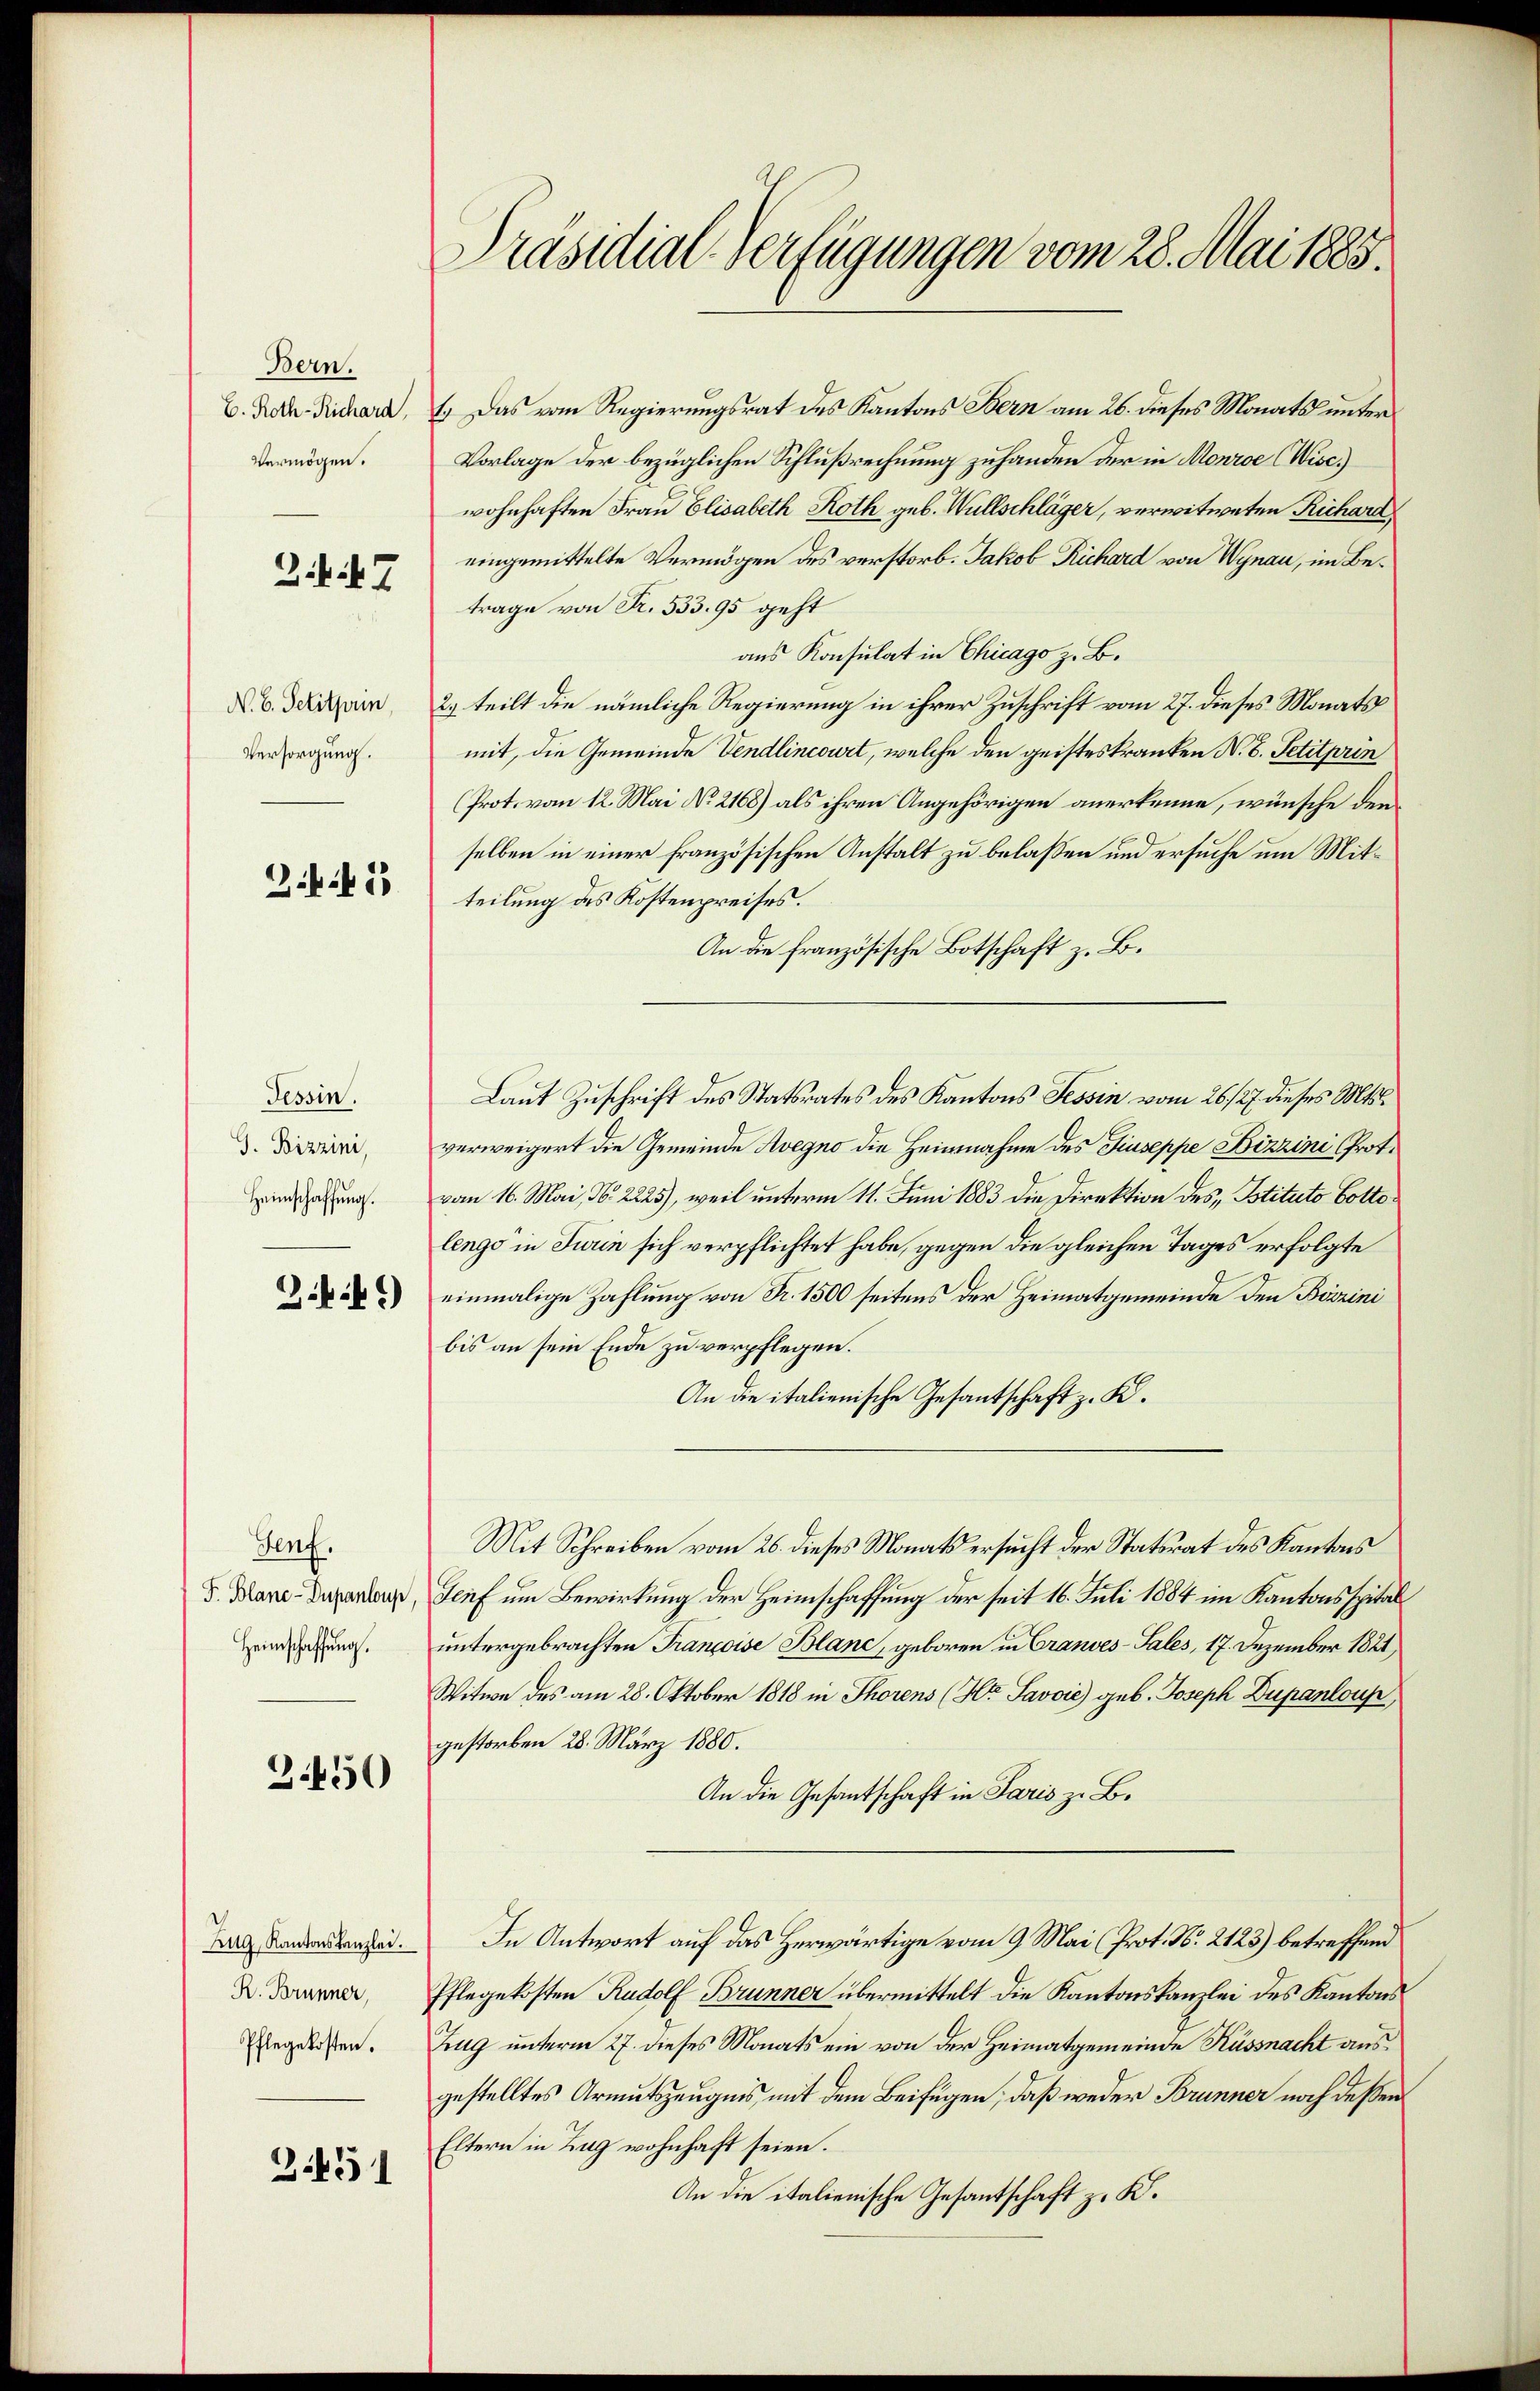
Bern.
E. Roth-Richard,
Vermögen.

Z. 7

N. B. Petitprin
Versorgung.

Z.k.k

Tessin.
G. Bizzini,
Heimschaffŭng.

3.49)

Genf.
F. Blanc-Dupanloup,
Heimschaffung.

3450

Zug, Kantonskanzlei.
R. Brunner,
Pflegekosten.

3451

Präsidial-Verfügungen vom 28. Mai 1885.

1. Das vom Regierungsrat des Kantons Bern am 26. dieses Monats unter
Vorlage der bezüglichen Schlußrechnung zuhanden der in Monroe (Wisc
wohnhaften Frau Elisabeth Roth geb. Wüllschläger, verwitweten Richard
eingemittelte Vermögen des verstorb. Jakob Richard von Wynau, im Betrage von Fr. 533. 95 geht
aus Konsulat in Chicago z. B.
2.) teilt die nämliche Regierung in ihrer Zuschrift vom 27. dieses Monatsmit, die Gemeinde Vendlincourt, welche den geisteskranken N. B. Petitprin
Prot. vom 12. Mai No 2168) als ihren Angehörigen anerkenne, wünsche den
selben in einer französischen Anstalt zu belaßen und ersuche um Mitteilung des Kostenpreises.
An die französische Botschaft z. B.
Laut Zuschrift des Statsrates des Kantons Tessin vom 26./27. dieses Mts.
verweigert die Gemeinde Avegno die Heimnahme des Giuseppe Bizzini (Protvom 16. Mai, N. 2225), weil unterm 11. Juni 1883 die Direktion des Istituto Cottolings in Turin sich verpflichtet habe, gegen die gleichen Tages erfolgte
einmalige Zahlung von Fr. 1500 seitens der Heimatgemeinde den Beizini
bis an sein Ende zu verpflegen.
An die italienische Gesantschaft z. K.
Mit Schreiben vom 26. dieses Monats ersucht der Statsrat des Kantons
Jeif um Bewirkung der Heimschaffung der seit 16. Juli 1884 im Kantonsspital
untergebrachten Françoise Blanc, geboren in Cranves-Sales, 17. Dezember 1821
Witwe des am 28. Oktober 1818 in Thorens (Hr. Savoić) geb. Joseph Dupanloup,
gestorben 28. März 1880.
An die Gesantschaft in Paris z. B.
In Antwort auf das Herwärtige vom 9. Mai (Prot. No. 2123) betreffend
Pflegekosten Rudolf Brunner übermittelt die Kantonskanzlei des Kantons
Zug unterm 27. dieses Monats ein von der Heimatgemeinde Küssnacht ausgestelltes Armutszeugnis mit dem Beifügen, daß weder Brunner noch dessen
Eltern in Zug wohnhaft seien.
An die italienische Gesantschaft z. K.